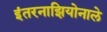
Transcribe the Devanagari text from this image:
इंतरनाझियोनाले